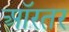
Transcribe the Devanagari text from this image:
ऑरतर